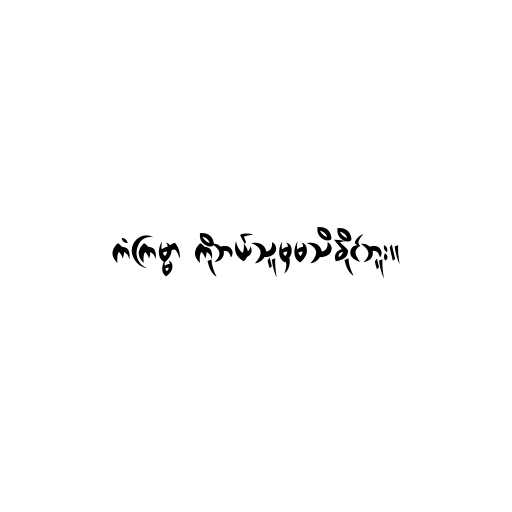
ကံကြမ္မာ ကိုဘယ်သူမှမသိနိုင်ဘူး။